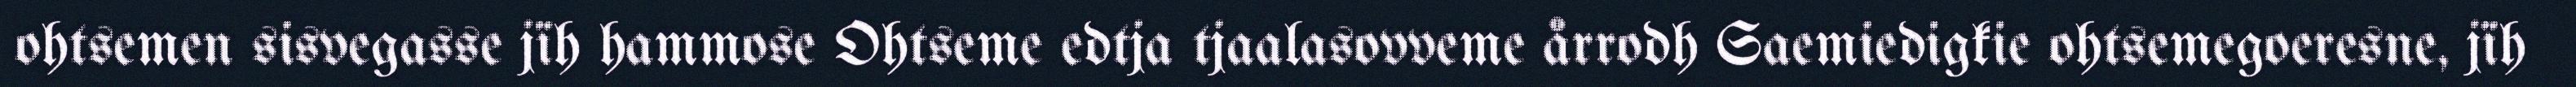
ohtsemen sisvegasse jïh hammose Ohtseme edtja tjaalasovveme årrodh Saemiedigkie ohtsemegoeresne, jïh